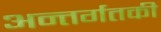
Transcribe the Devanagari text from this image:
अन्तर्गतकी